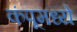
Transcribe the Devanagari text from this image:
कंपूमध्ये